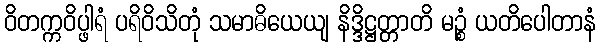
ဝိတက္ကဝိပ္ဖါရံ ပရိဝိသိတုံ သမာဓိယေယျ နိဒ္ဒိဋ္ဌတ္တာတိ မဉ္စံ ယတိပေါတာနံ